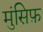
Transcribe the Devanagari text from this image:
मुंसिफ़